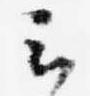
云